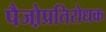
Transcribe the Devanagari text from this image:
पैजो़प्रतिरोधक